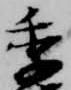
季